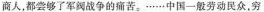
商人，都尝够了军阀战争的痛苦。……中国一般劳动民众，穷